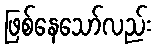
ဖြစ်နေသော်လည်း